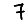
Digit: 7